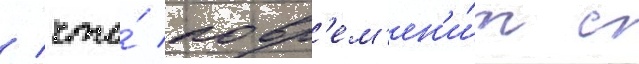
/ что́ повр'ем'ен'и́т с